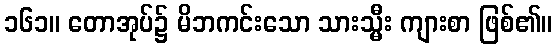
၁၆၁။ တောအုပ်၌ မိဘကင်းသော သားသ္မီး ကျားစာ ဖြစ်၏။